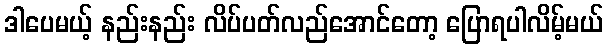
ဒါပေမယ့် နည်းနည်း လိပ်ပတ်လည်အောင်တော့ ပြောရပါလိမ့်မယ်